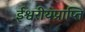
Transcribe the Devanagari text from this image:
ईश्वरीयप्राप्ति